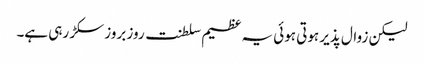
لیکن زوال پذیر ہوتی ہوئی یہ عظیم سلطنت روز بروز سکڑ رہی ہے۔